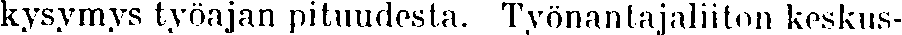
kysymys työajan pituudesta. Työnantajaliiton keskus-